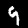
Label: 9